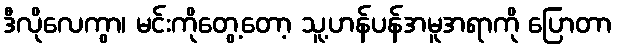
ဒီလိုလေကွာ၊ မင်းကိုတွေ့တော့ သူ့ဟန်ပန်အမူအရာကို ပြောတာ